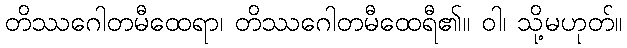
တိဿဂေါတမီထေရာ၊ တိဿဂေါတမီထေရီ၏။ ဝါ၊ သို့မဟုတ်။